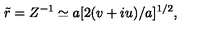
\tilde { r } = Z ^ { - 1 } \simeq a [ 2 ( v + i u ) / a ] ^ { 1 / 2 } ,